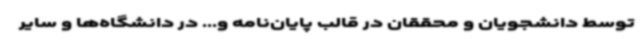
توسط دانشجویان و محققان در قالب پایان‌نامه و... در دانشگاه‌ها و سایر